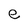
Character: e